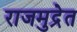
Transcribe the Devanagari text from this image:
राजमुद्रेत